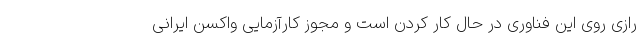
رازی روی این فناوری در حال کار کردن است و مجوز کارآزمایی واکسن ایرانی